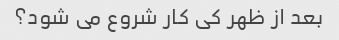
بعد از ظهر کی کار شروع می شود؟